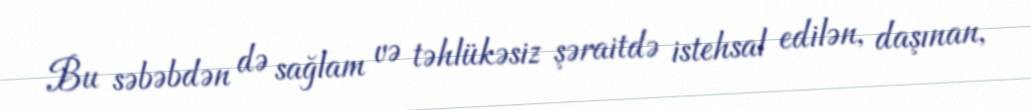
Bu səbəbdən də sağlam və təhlükəsiz şəraitdə istehsal edilən, daşınan,